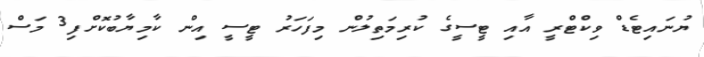
ޔުނައިޓެޑް ވިކްޓްރީ އާއި ޓީސީގެ ކުރިމަތިލުން މިފަހަރު ޓީސީ އިން ކާމިޔާބުކޮށްފި3 މަސް